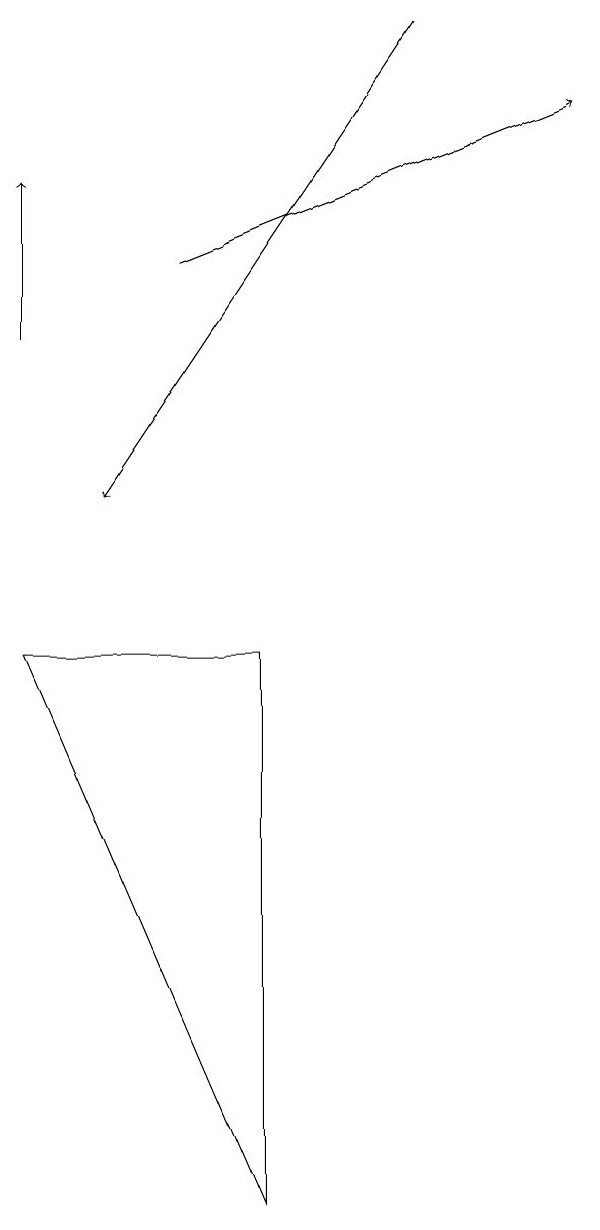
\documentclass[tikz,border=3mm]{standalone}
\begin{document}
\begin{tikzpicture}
\draw[->] (3,13) -- (8,15);
\draw[->] (6,16) -- (2,10);
\draw (1,8) -- (4,8) -- (4,1) -- cycle;
\draw[->] (1,12) -- (1,14);
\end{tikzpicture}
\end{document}